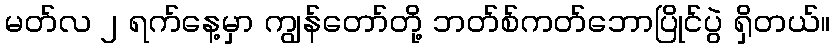
မတ်လ ၂ ရက်နေ့မှာ ကျွန်တော်တို့ ဘတ်စ်ကတ်ဘောပြိုင်ပွဲ ရှိတယ်။